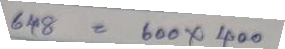
648 = 600 x 400